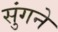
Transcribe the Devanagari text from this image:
सुंगने